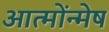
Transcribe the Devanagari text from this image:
आत्मोंन्मेष